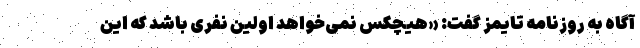
آگاه به روزنامه تایمز گفت: «هیچکس نمی‌خواهد اولین نفری باشد که این